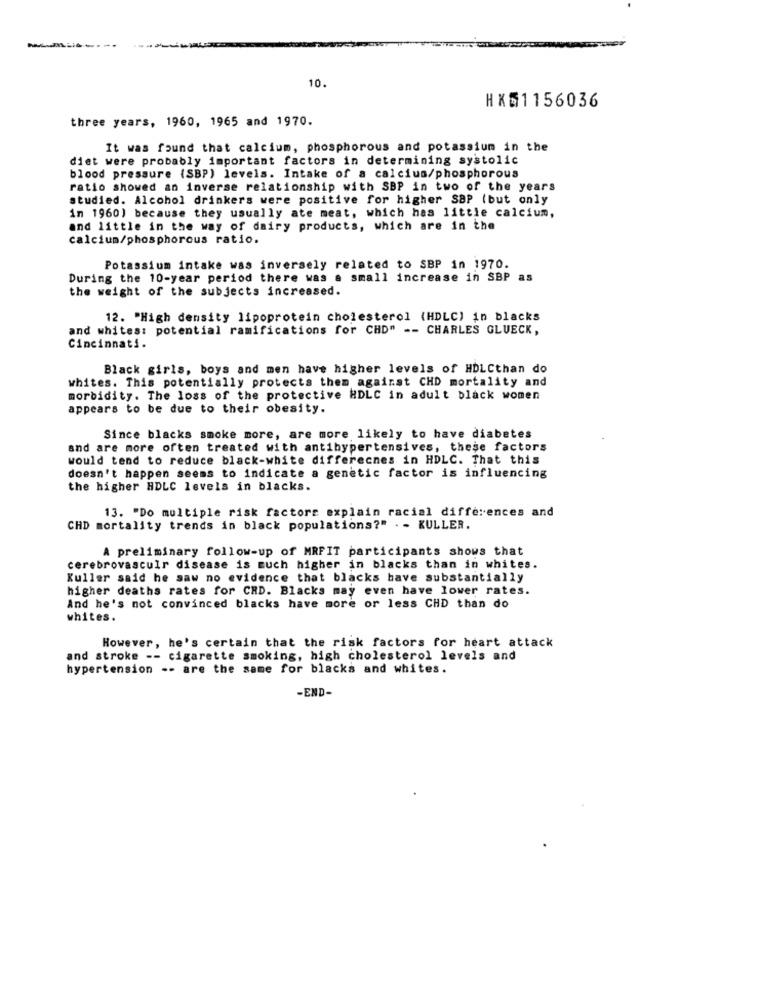
10.
HX51156036
three years, 1960, 1965 and 1970.
It was found that calcium, phosphorous and potassium in the
diet were probably important factors in determining systolic
blood pressure (SBP) levels. Intake of a calcium/phosphorous
ratio showed an inverse relationship with SBP in two of the years
studied. Alcohol drinkers were positive for higher SBP (but only
in 1960) because they usually ate meat, which has little calcium,
and little in the way of dairy products, which are in the
calcium/phosphorous ratio.
Potassium intake was inversely related to SBP in 1970.
During the 10-year period there was a small increase in SBP as
the weight of the subjects increased.
12. "High density lipoprotein cholesterol (HDLC) in blacks
and whites: potential ramifications for CHD" -- CHARLES GLUECK,
Cincinnati.
Black girls, boys and men have higher levels of HDLCthan do
whites. This potentially protects them against CHD mortality and
morbidity. The loss of the protective HDLC in adult black women
appears to be due to their obesity.
Since blacks smoke more, are more likely to have diabetes
and are more often treated with antihypertensives, these factors
would tend to reduce black-white differecnes in HDLC. That this
doesn't happen seems to indicate a genetic factor is influencing
the higher HDLC levels in blacks.
13. "Do multiple risk factors explain racial differences and
CHD mortality trends in black populations?" . - KULLER.
A preliminary follow-up of MRFIT participants shows that
cerebrovasculr disease is much higher in blacks than in whites.
Kuller said he saw no evidence that blacks have substantially
higher deaths rates for CRD. Blacks may even have lower rates.
And he's not convinced blacks have more or less CHD than do
whites.
However, he's certain that the risk factors for heart attack
and stroke -- cigarette smoking, high cholesterol levels and
hypertension -- are the same for blacks and whites.
-END-